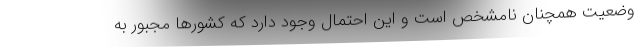
وضعیت همچنان نامشخص است و این احتمال وجود دارد که کشورها مجبور به